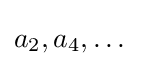
a_{2},a_{4},\dots